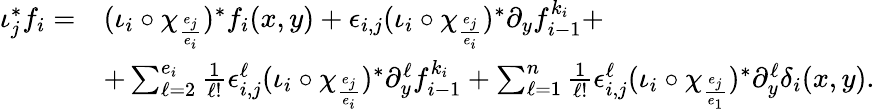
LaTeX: \begin{array}{rl}{\iota_{j}^{\ast}f_{i}=}&{(\iota_{i}\circ\chi_{\frac{e_{j}}{e_{i}}})^{\ast}f_{i}(x,y)+\epsilon_{i,j}(\iota_{i}\circ\chi_{\frac{e_{j}}{e_{i}}})^{\ast}\partial_{y}f_{i-1}^{k_{i}}+}\\ &{+\sum_{\ell=2}^{e_{i}}\frac{1}{\ell!}\epsilon_{i,j}^{\ell}(\iota_{i}\circ\chi_{\frac{e_{j}}{e_{i}}})^{\ast}\partial_{y}^{\ell}f_{i-1}^{k_{i}}+\sum_{\ell=1}^{n}\frac{1}{\ell!}\epsilon_{i,j}^{\ell}(\iota_{i}\circ\chi_{\frac{e_{j}}{e_{1}}})^{\ast}\partial_{y}^{\ell}\delta_{i}(x,y).}\end{array}